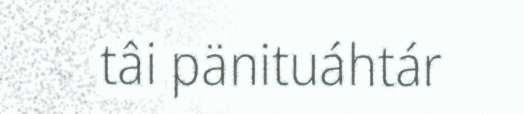
tâi pänituáhtár